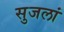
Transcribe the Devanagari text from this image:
सुजलां